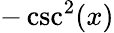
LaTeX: -\csc^{2}(x)